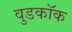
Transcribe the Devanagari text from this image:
वुडकॉक